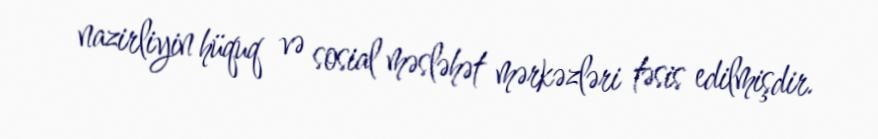
nazirliyin hüquq və sosial məsləhət mərkəzləri təsis edilmişdir.